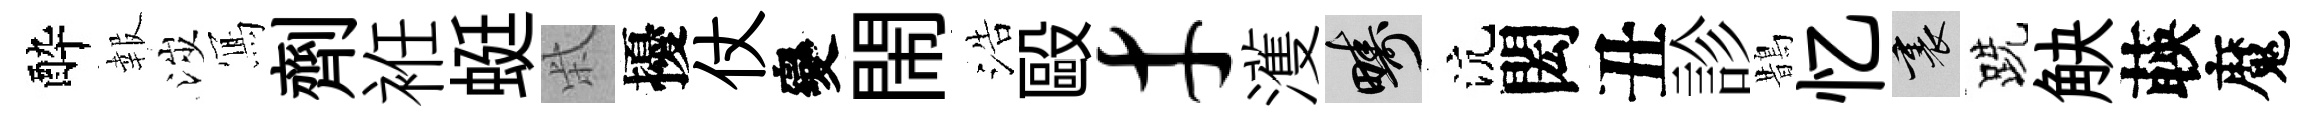
酔報涉𭂁劑袵蜓柴擾仗變閙浩毆才濩疇沆閎丑診鵲忆裏跣觖𦴤魔